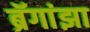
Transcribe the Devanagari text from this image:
ब्रॅगांझा